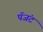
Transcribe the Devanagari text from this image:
पॅजंट